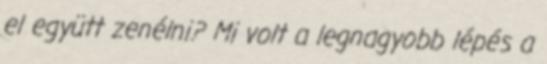
el együtt zenélni? Mi volt a legnagyobb lépés a